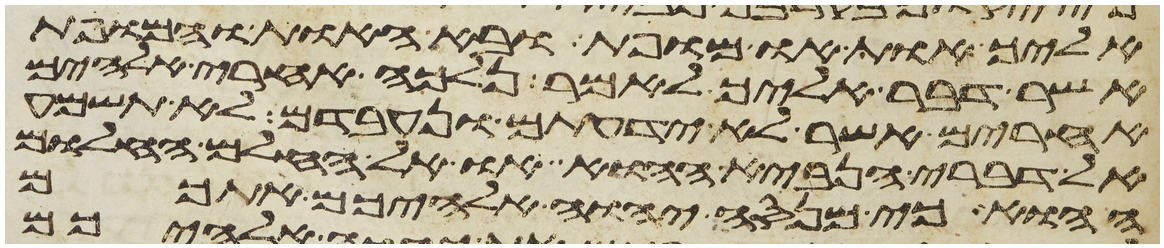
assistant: אליך אות או מופת ובא האות והמופת
אשר דבר אליך לאמר נלכה אחרי אלהים
אחרים אשר לא ידעתם ונעבדם לא תשמע
אל דברי הנביא ההוא או אל החלם החלום
ההוא כי מנסה יהוה אלהיכם אתכם